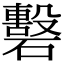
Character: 𥖳